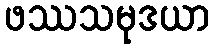
ဖဿသမုဒယာ